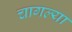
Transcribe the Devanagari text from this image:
चागल्या